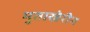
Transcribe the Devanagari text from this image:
मुताखेरीन